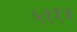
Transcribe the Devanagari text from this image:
५११४